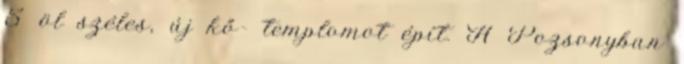
5 öl széles, új kő- templomot épít. A Pozsonyban